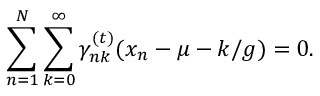
\sum _ { n = 1 } ^ { N } \sum _ { k = 0 } ^ { \infty } \gamma _ { n k } ^ { ( t ) } ( x _ { n } - \mu - k / g ) = 0 .